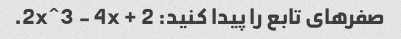
صفرهای تابع را پیدا کنید: 2x^3 - 4x + 2.